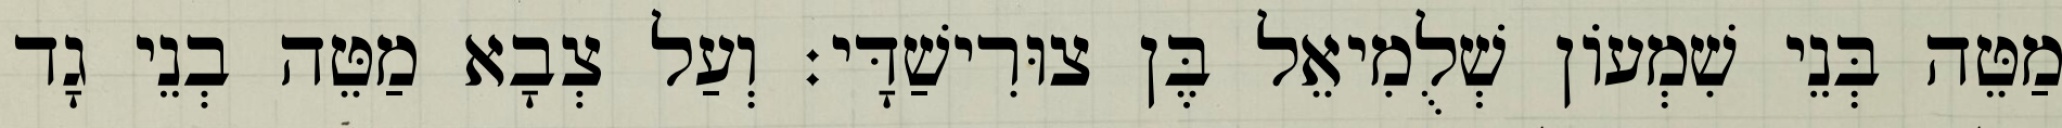
מַטֵּה בְּנֵי שִׁמְעוֹן שְׁלֻמִיאֵל בֶּן צוּרִישַׁדָּי׃ וְעַל צְבָא מַטֵּה בְנֵי גָד